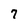
Character: 7